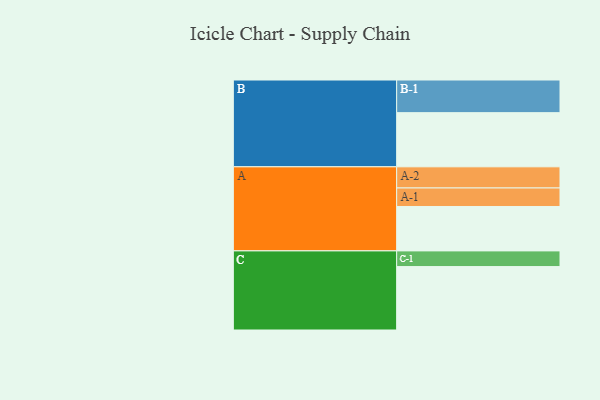
{"axis": {"x": "Segment", "y": "Value"}, "legend": ["", "A", "B", "C"], "data": [{"x": "A", "y": 374, "type": ""}, {"x": "B", "y": 456, "type": ""}, {"x": "C", "y": 534, "type": ""}, {"x": "A-1", "y": 156, "type": "A"}, {"x": "A-2", "y": 178, "type": "A"}, {"x": "B-1", "y": 275, "type": "B"}, {"x": "C-1", "y": 132, "type": "C"}]}